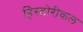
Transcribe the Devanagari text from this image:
हिस्टोरीकल